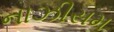
નાઝીસમ